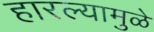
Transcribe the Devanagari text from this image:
हारल्यामुळे